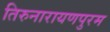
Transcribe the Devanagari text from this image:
तिरुनारायणपुरम